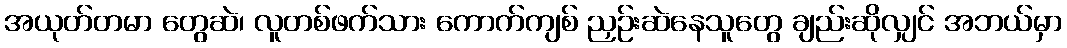
အယုတ်တမာ တွေဆဲ၊ လူတစ်ဖက်သား ကောက်ကျစ် ညှဉ်းဆဲနေသူတွေ ချည်းဆိုလျှင် အဘယ်မှာ